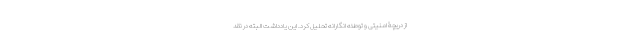
از دریچۀ امنیتی و توطئه انگارانه تحلیل کرد. این یادداشت البته در نقد